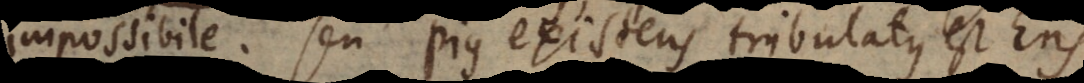
impossibile, seu pius existens tribulatus est Ens